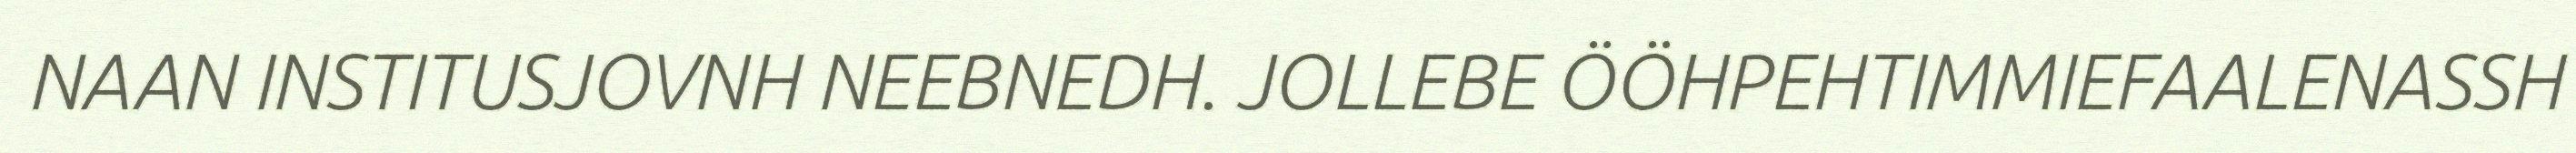
NAAN INSTITUSJOVNH NEEBNEDH. JOLLEBE ÖÖHPEHTIMMIEFAALENASSH